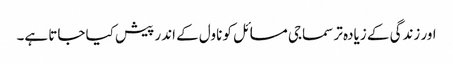
اور زندگی کے زیادہ تر سماجی مسائل کو ناول کے اندر پیش کیا جاتا ہے۔